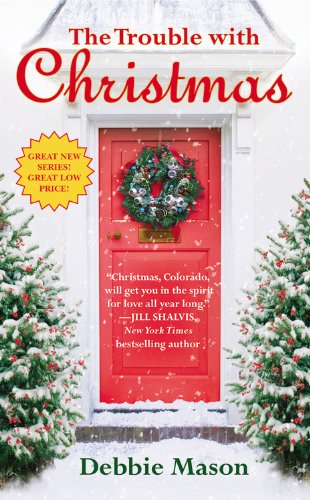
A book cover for The Trouble with Christmas (Christmas, Colorado); Debbie Mason; Romance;